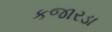
કજારડા